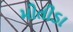
મોતીડા